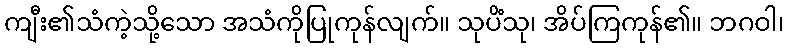
ကျီး၏သံကဲ့သို့သော အသံကိုပြုကုန်လျက်။ သုပိံသု၊ အိပ်ကြကုန်၏။ ဘဂဝါ၊